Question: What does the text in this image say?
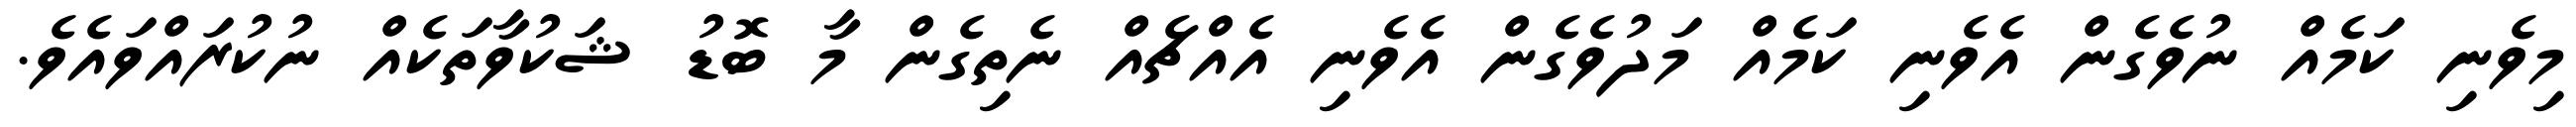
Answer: މިވެނި ކަމެއް ނުވެގެން އެވެނި ކަމެއް މަދުވެގެން އެވެނި އެއްޗެއް ނެތިގެން މާ ބޮޑު ޝަކުވާތަކެއް ނުކުރައްވައެވެ.